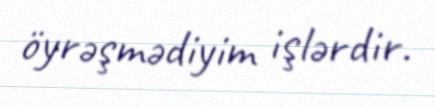
öyrəşmədiyim işlərdir.